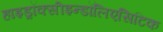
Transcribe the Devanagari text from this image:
हाइड्रॉक्सीइन्डॉलिएसिटिक